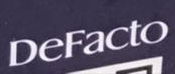
DeFacto